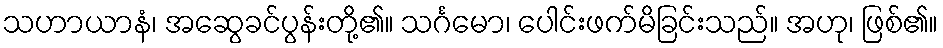
သဟာယာနံ၊ အဆွေခင်ပွန်းတို့၏။ သင်္ဂမော၊ ပေါင်းဖက်မိခြင်းသည်။ အဟု၊ ဖြစ်၏။